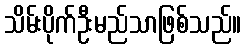
သိမ်းပိုက်ဦးမည်သာဖြစ်သည်။